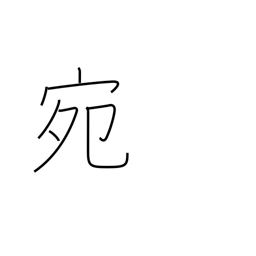
Meaning: fortunately